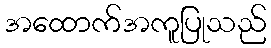
အထောက်အကူပြုသည်